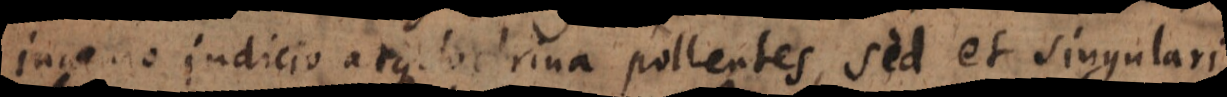
ingenio judicio atque doctrina pollentes, sed et singulari